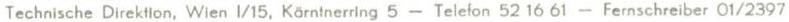
Technische Direktion, Wien I/15, Kärntnerring 5 - Telefon 52 16 61 - Fernschreiber 01/2397